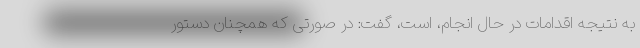
به نتیجه اقدامات در حال انجام، است، گفت: در صورتی که همچنان دستور